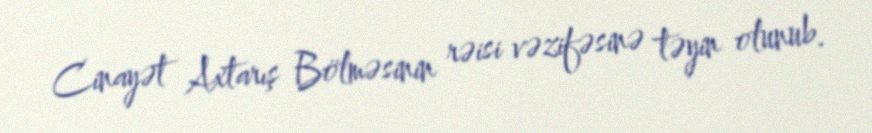
Cinayət Axtarış Bölməsinin rəisi vəzifəsinə təyin olunub.